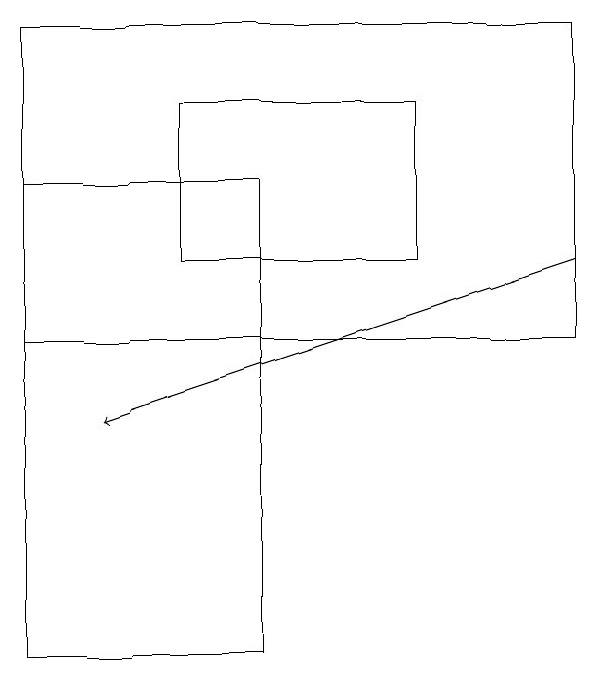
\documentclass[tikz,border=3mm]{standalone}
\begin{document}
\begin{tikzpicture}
\draw (5,15) rectangle (2,17);
\draw (0,10) rectangle (3,16);
\draw (7,18) rectangle (0,14);
\draw[->] (7,15) -- (1,13);
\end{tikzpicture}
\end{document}